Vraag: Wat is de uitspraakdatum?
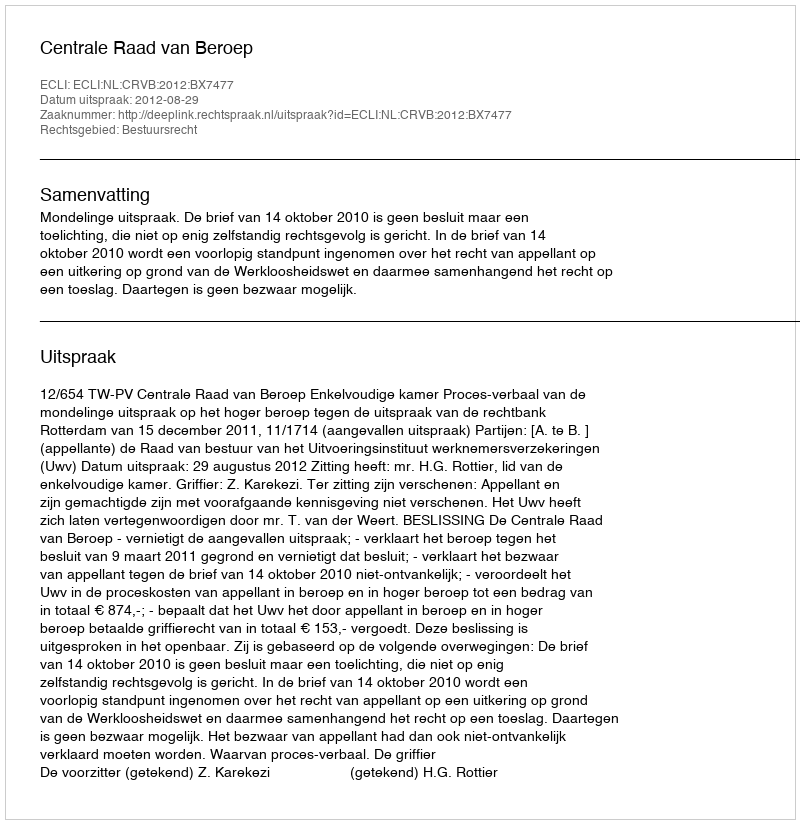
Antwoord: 2012-08-29